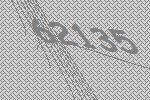
62135